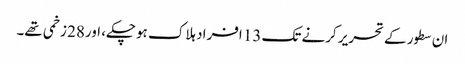
ان سطور کے تحریر کرنے تک 13 افراد ہلاک ہوچکے، اور28 زخمی تھے۔